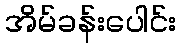
အိမ်ခန်းပေါင်း